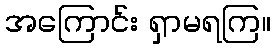
အကြောင်း ရှာမရကြ။